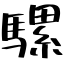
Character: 騾